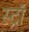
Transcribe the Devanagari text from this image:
स्ट्राॅ